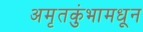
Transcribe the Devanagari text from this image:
अमृतकुंभामधून